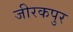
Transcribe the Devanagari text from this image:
जीरकपुर